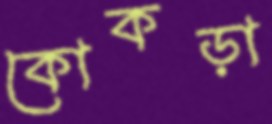
কোকড়া